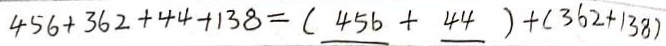
4 5 6 + 3 6 2 + 4 4 + 1 3 8 = ( 4 5 6 + 4 4 ) + ( 3 6 2 + 1 3 8 )